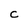
Character: c